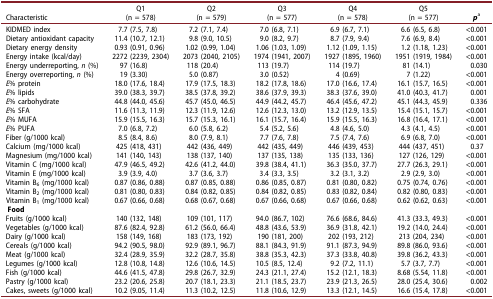
<table><thead><tr><td><b>Characteristic</b></td><td><b>Q1(n = 578)</b></td><td><b>Q2(n = 579)</b></td><td><b>Q3(n = 577)</b></td><td><b>Q4(n = 578)</b></td><td><b>Q5(n = 577)</b></td><td><b><i>p</i><sup>a</sup></b></td></tr></thead><tbody><tr><td>KIDMED index</td><td>7.7 (7.5, 7.8)</td><td>7.2 (7.1, 7.4)</td><td>7.0 (6.8, 7.1)</td><td>6.9 (6.7, 7.1)</td><td>6.6 (6.5, 6.8)</td><td>&lt;0.001</td></tr><tr><td>Dietary antioxidant capacity</td><td>11.4 (10.7, 12.1)</td><td>9.8 (9.0, 10.5)</td><td>9.0 (8.2, 9.7)</td><td>8.7 (7.9, 9.4)</td><td>7.6 (6.9, 8.4)</td><td>&lt;0.001</td></tr><tr><td>Dietary energy density</td><td>0.93 (0.91, 0.96)</td><td>1.02 (0.99, 1.04)</td><td>1.06 (1.03, 1.09)</td><td>1.12 (1.09, 1.15)</td><td>1.2 (1.18, 1.23)</td><td>&lt;0.001</td></tr><tr><td>Energy intake (kcal/day)</td><td>2272 (2239, 2304)</td><td>2073 (2040, 2105)</td><td>1974 (1941, 2007)</td><td>1927 (1895, 1960)</td><td>1951 (1919, 1984)</td><td>&lt;0.001</td></tr><tr><td>Energy underreporting, <i>n</i> (%)</td><td>97 (16.8)</td><td>118 (20.4)</td><td>113 (19.7)</td><td>114 (19.7)</td><td>81 (14.1)</td><td>0.030</td></tr><tr><td>Energy overreporting, <i>n</i> (%)</td><td>19 (3.30)</td><td>5.0 (0.87)</td><td>3.0 (0.52)</td><td>4 (0.69)</td><td>7 (1.22)</td><td>&lt;0.001</td></tr><tr><td><i>E</i>% protein</td><td>18.0 (17.6, 18.4)</td><td>17.9 (17.5, 18.3)</td><td>18.2 (17.8, 18.6)</td><td>17.0 (16.6, 17.4)</td><td>16.1 (15.7, 16.5)</td><td>&lt;0.001</td></tr><tr><td><i>E</i>% lipids</td><td>39.0 (38.3, 39.7)</td><td>38.5 (37.8, 39.2)</td><td>38.6 (37.9, 39.3)</td><td>38.3 (37.6, 39.0)</td><td>41.0 (40.3, 41.7)</td><td>0.001</td></tr><tr><td><i>E</i>% carbohydrate</td><td>44.8 (44.0, 45.6)</td><td>45.7 (45.0, 46.5)</td><td>44.9 (44.2, 45.7)</td><td>46.4 (45.6, 47.2)</td><td>45.1 (44.3, 45.9)</td><td>0.336</td></tr><tr><td><i>E</i>% SFA</td><td>11.6 (11.3, 11.9)</td><td>12.3 (11.9, 12.6)</td><td>12.6 (12.3, 13.0)</td><td>13.2 (12.9, 13.5)</td><td>15.4 (15.1, 15.7)</td><td>&lt;0.001</td></tr><tr><td><i>E</i>% MUFA</td><td>15.9 (15.5, 16.3)</td><td>15.7 (15.3, 16.1)</td><td>16.1 (15.7, 16.4)</td><td>15.9 (15.5, 16.3)</td><td>16.8 (16.4, 17.1)</td><td>&lt;0.001</td></tr><tr><td><i>E</i>% PUFA</td><td>7.0 (6.8, 7.2)</td><td>6.0 (5.8, 6.2)</td><td>5.4 (5.2, 5.6)</td><td>4.8 (4.6, 5.0)</td><td>4.3 (4.1, 4.5)</td><td>&lt;0.001</td></tr><tr><td>Fiber (g/1000 kcal)</td><td>8.5 (8.4, 8.6)</td><td>8.0 (7.9, 8.1)</td><td>7.7 (7.6, 7.8)</td><td>7.5 (7.4, 7.6)</td><td>6.9 (6.8, 7.0)</td><td>&lt;0.001</td></tr><tr><td>Calcium (mg/1000 kcal)</td><td>425 (418, 431)</td><td>442 (436, 449)</td><td>442 (435, 449)</td><td>446 (439, 453)</td><td>444 (437, 451)</td><td>0.37</td></tr><tr><td>Magnesium (mg/1000 kcal)</td><td>141 (140, 143)</td><td>138 (137, 140)</td><td>137 (135, 138)</td><td>135 (133, 136)</td><td>127 (126, 129)</td><td>&lt;0.001</td></tr><tr><td>Vitamin C (mg/1000 kcal)</td><td>47.9 (46.5, 49.2)</td><td>42.6 (41.2, 44.0)</td><td>39.8 (38.4, 41.1)</td><td>36.3 (35.0, 37.7)</td><td>27.7 (26.3, 29.1)</td><td>&lt;0.001</td></tr><tr><td>Vitamin E (mg/1000 kcal)</td><td>3.9 (3.9, 4.0)</td><td>3.7 (3.6, 3.7)</td><td>3.4 (3.3, 3.5)</td><td>3.2 (3.1, 3.2)</td><td>2.9 (2.9, 3.0)</td><td>&lt;0.001</td></tr><tr><td>Vitamin B<sub>6</sub> (mg/1000 kcal)</td><td>0.87 (0.86, 0.88)</td><td>0.87 (0.85, 0.88)</td><td>0.86 (0.85, 0.87)</td><td>0.81 (0.80, 0.82)</td><td>0.75 (0.74, 0.76)</td><td>&lt;0.001</td></tr><tr><td>Vitamin B<sub>2</sub> (mg/1000 kcal)</td><td>0.81 (0.80, 0.83)</td><td>0.84 (0.82, 0.85)</td><td>0.84 (0.82, 0.85)</td><td>0.83 (0.82, 0.84)</td><td>0.82 (0.80, 0.83)</td><td>&lt;0.001</td></tr><tr><td>Vitamin B<sub>1</sub> (mg/1000 kcal)</td><td>0.67 (0.66, 0.68)</td><td>0.68 (0.67, 0.68)</td><td>0.67 (0.66, 0.68)</td><td>0.67 (0.66, 0.68)</td><td>0.62 (0.62, 0.63)</td><td>&lt;0.001</td></tr><tr><td colspan="7"><b>Food</b></td></tr><tr><td>Fruits (g/1000 kcal)</td><td>140 (132, 148)</td><td>109 (101, 117)</td><td>94.0 (86.7, 102)</td><td>76.6 (68.6, 84.6)</td><td>41.3 (33.3, 49.3)</td><td>&lt;0.001</td></tr><tr><td>Vegetables (g/1000 kcal)</td><td>87.6 (82.4, 92.8)</td><td>61.2 (56.0, 66.4)</td><td>48.8 (43.6, 53.9)</td><td>36.9 (31.8, 42.1)</td><td>19.2 (14.0, 24.4)</td><td>&lt;0.001</td></tr><tr><td>Dairy (g/1000 kcal)</td><td>158 (149, 168)</td><td>183 (173, 192)</td><td>190 (181, 200)</td><td>202 (193, 212)</td><td>213 (204, 234)</td><td>&lt;0.001</td></tr><tr><td>Cereals (g/1000 kcal)</td><td>94.2 (90.5, 98.0)</td><td>92.9 (89.1, 96.7)</td><td>88.1 (84.3, 91.9)</td><td>91.1 (87.3, 94.9)</td><td>89.8 (86.0, 93.6)</td><td>&lt;0.001</td></tr><tr><td>Meat (g/1000 kcal)</td><td>32.4 (28.9, 35.9)</td><td>32.2 (28.7, 35.8)</td><td>38.8 (35.3, 42.3)</td><td>37.3 (33.8, 40.8)</td><td>39.8 (36.2, 43.3)</td><td>&lt;0.001</td></tr><tr><td>Legumes (g/1000 kcal)</td><td>12.8 (10.8, 14.8)</td><td>12.6 (10.6, 14.5)</td><td>10.5 (8.5, 12.4)</td><td>9.2 (7.2, 11.1)</td><td>5.7 (3.7, 7.7)</td><td>&lt;0.001</td></tr><tr><td>Fish (g/1000 kcal)</td><td>44.6 (41.5, 47.8)</td><td>29.8 (26.7, 32.9)</td><td>24.3 (21.1, 27.4)</td><td>15.2 (12.1, 18.3)</td><td>8.68 (5.54, 11.8)</td><td>&lt;0.001</td></tr><tr><td>Pastry (g/1000 kcal)</td><td>23.2 (20.6, 25.8)</td><td>20.7 (18.1, 23.3)</td><td>21.1 (18.5, 23.7)</td><td>23.9 (21.3, 26.5)</td><td>28.0 (25.4, 30.6)</td><td>0.002</td></tr><tr><td>Cakes, sweets (g/1000 kcal)</td><td>10.2 (9.05, 11.4)</td><td>11.3 (10.2, 12.5)</td><td>11.8 (10.6, 12.9)</td><td>13.3 (12.1, 14.5)</td><td>16.6 (15.4, 17.8)</td><td>&lt;0.001</td></tr></tbody></table>